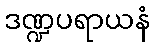
ဒဏ္ဍပရာယနံ